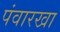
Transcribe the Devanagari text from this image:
पंवारखा